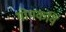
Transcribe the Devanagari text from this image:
गोपकवि